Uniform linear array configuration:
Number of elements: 8
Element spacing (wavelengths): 0.25
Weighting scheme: blackman
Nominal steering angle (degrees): -45
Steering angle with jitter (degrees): -43.932
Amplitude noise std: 0.05
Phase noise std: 0.05

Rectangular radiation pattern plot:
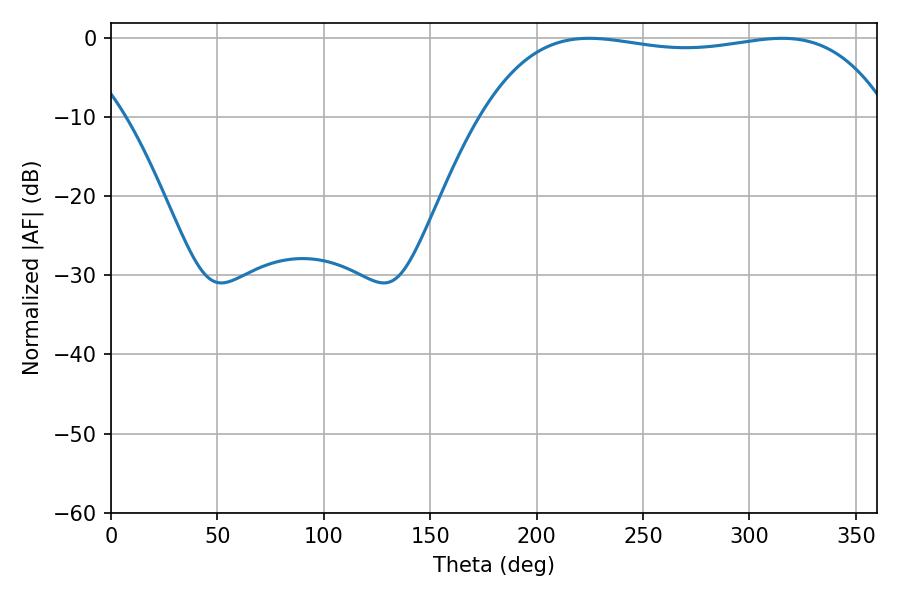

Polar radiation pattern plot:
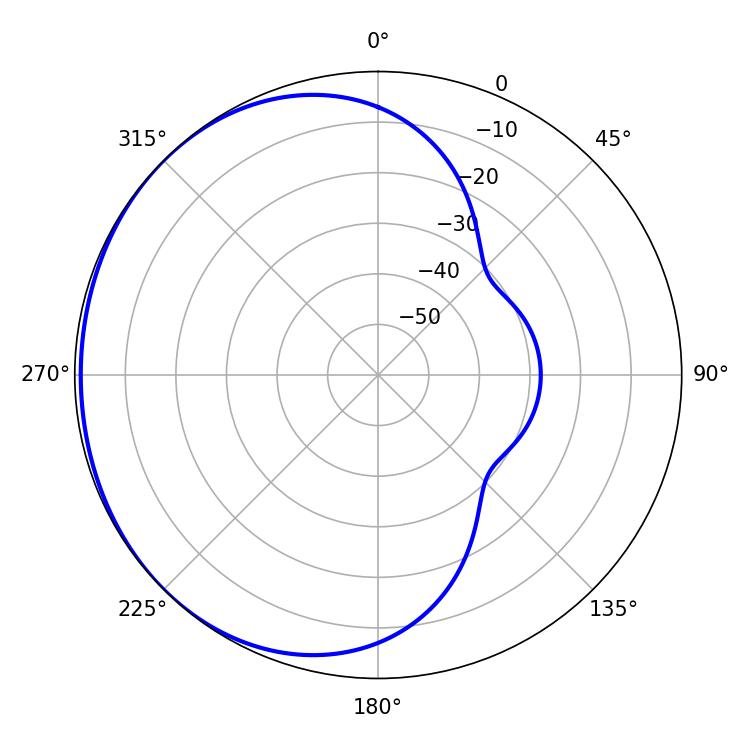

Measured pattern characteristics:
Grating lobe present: FALSE
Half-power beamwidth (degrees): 152.64
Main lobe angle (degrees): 224.64